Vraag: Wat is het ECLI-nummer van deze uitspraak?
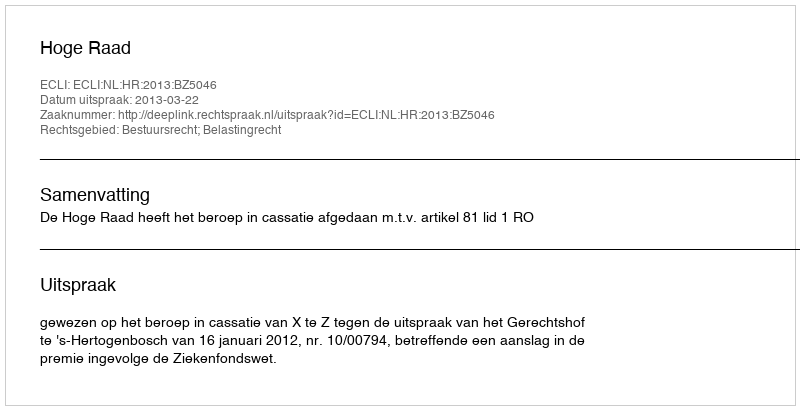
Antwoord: ECLI:NL:HR:2013:BZ5046